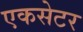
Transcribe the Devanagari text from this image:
एकसेटर